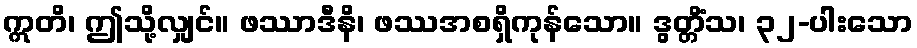
ဣတိ၊ ဤသို့လျှင်။ ဖဿာဒီနိ၊ ဖဿအစရှိကုန်သော။ ဒွတ္တိံသ၊ ၃၂-ပါးသော